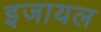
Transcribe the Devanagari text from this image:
इजायल